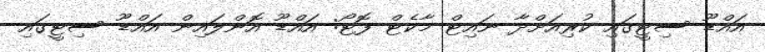
އައްޑޫ ސިޓީގައި ކުރިއަށްދާ ނައިޓް މާކެޓް ފޮޓޯ: އައްޑޫ އޮންލައިން އައްޑޫ ސިޓީގައި